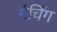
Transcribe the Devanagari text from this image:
मैचिँग